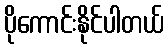
ပိုကောင်းနိုင်ပါတယ်